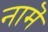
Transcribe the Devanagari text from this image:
नामॆ